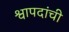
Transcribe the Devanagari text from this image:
श्वापदांची